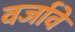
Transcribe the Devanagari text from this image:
वर्जावे